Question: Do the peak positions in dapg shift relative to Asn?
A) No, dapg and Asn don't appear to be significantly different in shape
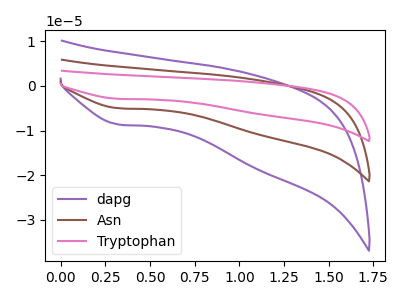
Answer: <think>The purple curve "dapg" has a cathodic peak at: (0.35V, -8.65uA). The brown curve "Asn" has a cathodic peak at: (0.35V, -5.00uA). The pink curve "Tryptophan" has a cathodic peak at: (0.35V, -10.00uA).
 All the peaks in "dapg" have a peak in "Asn" at the same potential. Every peak in "dapg" is higher than every peak in "Asn".</think>
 <answer>A) No, "dapg" and "Asn" don't appear to be significantly different in shape</answer>
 <eval>A</eval>